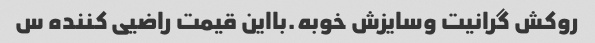
روکش گرانیت وسایزش خوبه.بااین قیمت راضیی کننده س